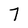
Character: 7